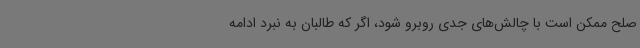
صلح ممکن است با چالش‌های جدی روبرو شود، اگر که طالبان به نبرد ادامه